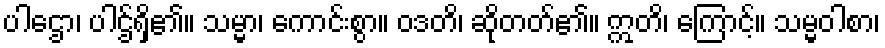
ပါဌော၊ ပါဌ်ရှိ၏။ သမ္မာ၊ ကောင်းစွာ။ ဝဒတိ၊ ဆိုတတ်၏။ ဣတိ၊ ကြောင့်။ သမ္မဝါစာ၊